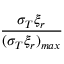
\frac { \sigma _ { T } \xi _ { r } } { ( \sigma _ { T } \xi _ { r } ) _ { m a x } }